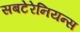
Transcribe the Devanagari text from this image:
सबटेरेनियन्स